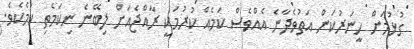
ގުޅުމަށް ހީނަރުކަން އަތުވެދާނެ އެއްވެސް ކަމެއް ކުރުމަކީ ރާއްޖެއަށް ލިބޭނެ ނިކަމެތި ކަމެކެވެ.